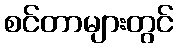
စင်တာများတွင်